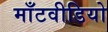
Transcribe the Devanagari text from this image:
माँटवीडियो